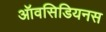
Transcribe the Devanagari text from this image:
ऑवसिडियनस